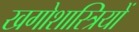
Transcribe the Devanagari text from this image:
खगोशास्त्रियों